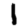
Digit: 1